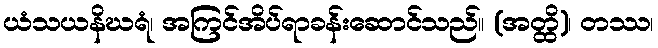
ယံသယနိဃရံ၊ အကြင်အိပ်ရာခန်းဆောင်သည်။ (အတ္ထိ)၊ တဿ၊